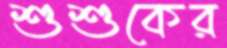
শুশুকের